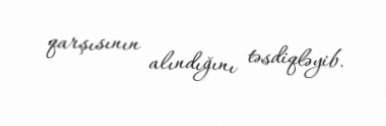
qarşısının alındığını təsdiqləyib.